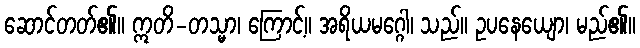
ဆောင်တတ်၏။ ဣတိ-တသ္မာ၊ ကြောင့်။ အရိယမဂ္ဂေါ၊ သည်။ ဥပနေယျော၊ မည်၏။